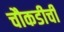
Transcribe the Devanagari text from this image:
चौकडीची